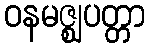
ဝနမဇ္ဈပတ္တာ